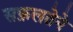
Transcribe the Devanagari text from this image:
सफ़लतेने